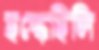
ছল্‌কেছিলি